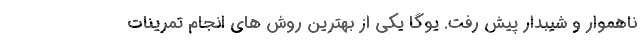
ناهموار و شیبدار پیش رفت. یوگا یکی از بهترین روش های انجام تمرینات